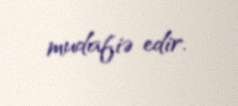
mudafiə edir.